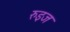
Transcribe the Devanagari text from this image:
रुइज